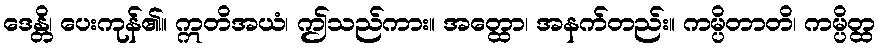
ဒေန္တိ၊ ပေးကုန်၏။ ဣတိအယံ၊ ဤသည်ကား။ အတ္ထော၊ အနက်တည်း။ ကမ္ပိတာတိ၊ ကမ္ပိတ္ထ